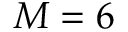
M = 6